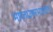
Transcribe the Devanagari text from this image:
भारत।उत्तरभारतात